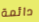
دائمة